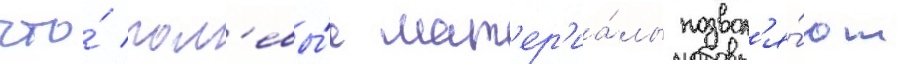
что́ пол'евы́е мат'ер'иа́лы позвол'я́ют